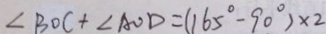
\angle B O C + \angle A O D = ( 1 6 5 ^ { \circ } - 9 0 ^ { \circ } ) \times 2